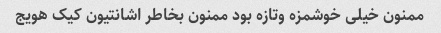
ممنون خیلی خوشمزه وتازه بود ممنون بخاطر اشانتیون کیک هویج